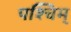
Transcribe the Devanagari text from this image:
पश्चिम्